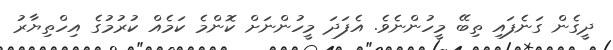
ދީގެން ގަނެފައި ތިބޭ މީހުންނެވެ. އެފަދަ މީހުންނަށް ކޮންމެ ކަމެއް ކުރުމުގެ އިހްތިޔާރު